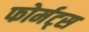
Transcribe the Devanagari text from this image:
फोर्मट्स